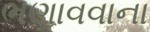
ભણાવવાના